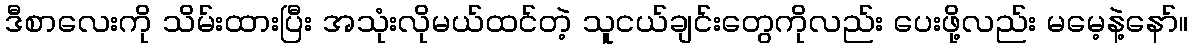
ဒီစာလေးကို သိမ်းထားပြီး အသုံးလိုမယ်ထင်တဲ့ သူငယ်ချင်းတွေကိုလည်း ပေးဖို့လည်း မမေ့နဲ့နော်။